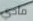
مادي